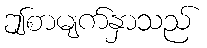
ဤစာမျက်နှာသည်